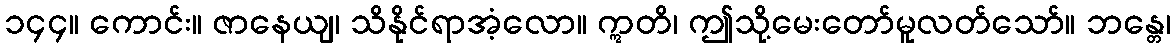
၁၄၄။ ကောင်း။ ဇာနေယျ၊ သိနိုင်ရာအံ့လော။ ဣတိ၊ ဤသို့မေးတော်မူလတ်သော်။ ဘန္တေ၊